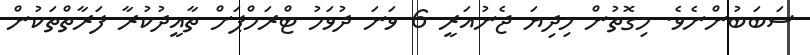
ސަބަބުންނެވެ. މިގޮތުން މިދިޔަ ޖެނުއަރީ 6 ވަނަ ދުވަހު ޓްރަމްޕަށް ތާއީދުކުރާ ފަރާތްތަކުން